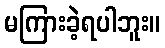
မကြားခဲ့ရပါဘူး။